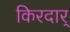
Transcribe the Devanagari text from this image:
किरदार्